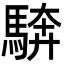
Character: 𩣺